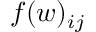
f ( w ) _ { i j }